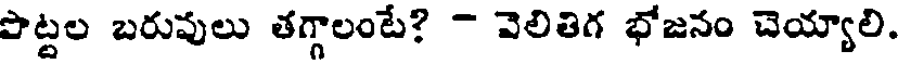
పొట్టల బరువులు తగ్గాలంటే? - వెలితిగ భోజనం చెయ్యాలి.